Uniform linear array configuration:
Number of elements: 32
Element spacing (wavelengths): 0.5
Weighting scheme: hann
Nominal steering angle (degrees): -45
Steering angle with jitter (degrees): -44.756
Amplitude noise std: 0.05
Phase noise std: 0.05

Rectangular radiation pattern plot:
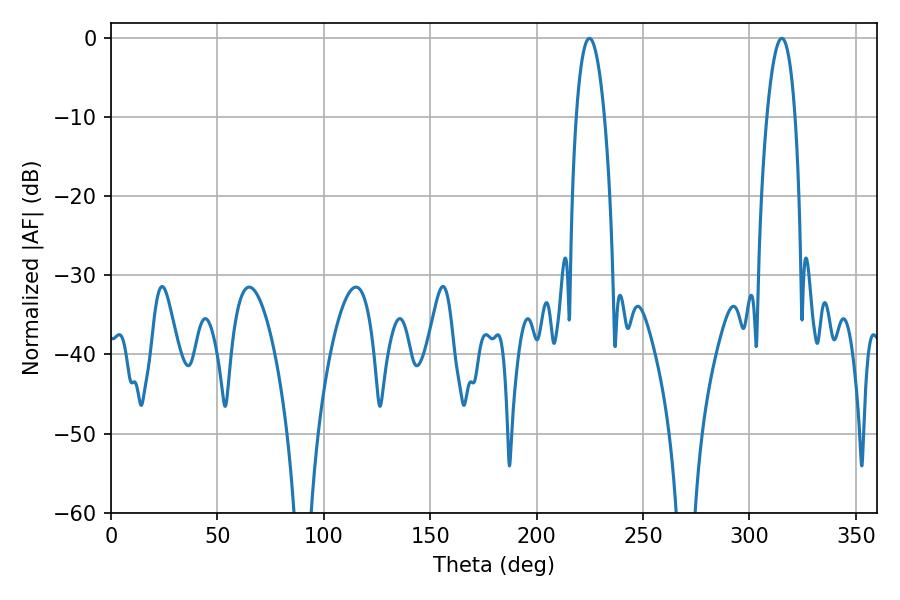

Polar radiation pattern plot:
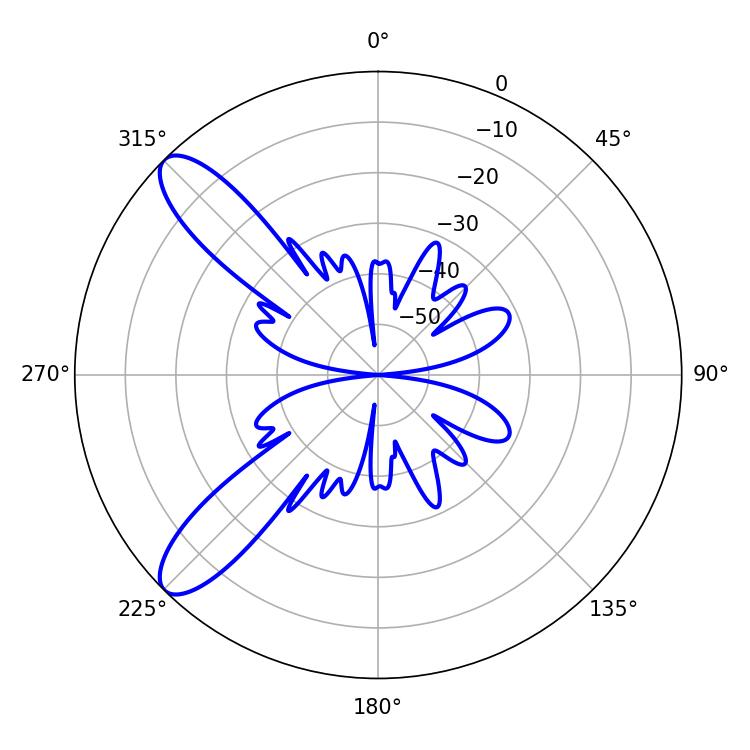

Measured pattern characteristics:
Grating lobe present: FALSE
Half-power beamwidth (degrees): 7.38
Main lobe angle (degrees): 224.82